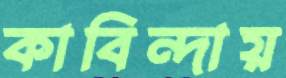
কাবিন্দায়